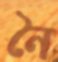
নৈ